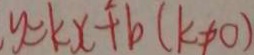
y = k x + b ( k \neq 0 )